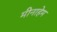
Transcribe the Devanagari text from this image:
मीनाहेम